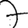
Digit: 7